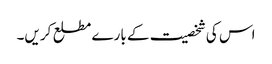
اس کی شخصیت کے بارے مطلع کریں۔